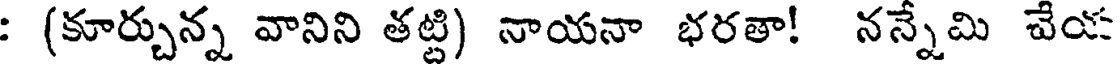
: (కూర్చున్న వానిని తట్టి) నాయనా భరతా! నన్నేమి చేయ